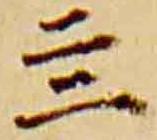
四